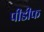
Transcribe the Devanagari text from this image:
पीडीफ